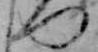
つ